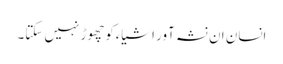
انسان ان نشہ آور اشیاءکوچھوڑ نہیں سکتا۔